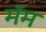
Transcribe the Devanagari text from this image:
मॅम